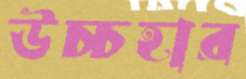
উচ্চহার